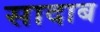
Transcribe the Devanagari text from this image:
सादाब